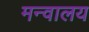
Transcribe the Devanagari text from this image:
मन्वालय